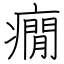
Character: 癇